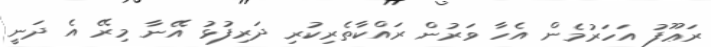
ރަޢޫފު އަހަރުމެން އެހާ ވަރުން ރައްކާތެރިކުރި ދަރިފުޅު އޭނާ މިރޭ އެ ދަނީ